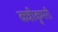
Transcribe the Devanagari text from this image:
कन्नीकुमरी